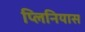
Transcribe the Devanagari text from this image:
प्लिनियास